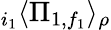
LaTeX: {}_{i_{1}}\langle\Pi_{1,f_{1}}\rangle_{\rho}